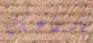
بأستطاعتك